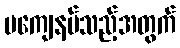
မကျေနပ်သည့်အတွက်